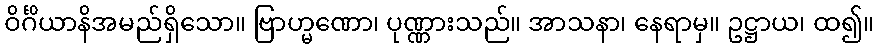
ဝိင်္ဂိယာနိအမည်ရှိသော။ ဗြာဟ္မဏော၊ ပုဏ္ဏားသည်။ အာသနာ၊ နေရာမှ။ ဥဋ္ဌာယ၊ ထ၍။